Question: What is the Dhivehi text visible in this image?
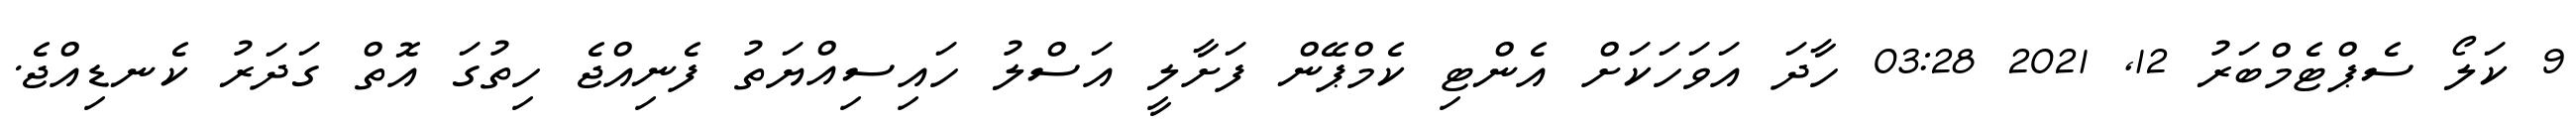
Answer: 9 ކަލޯ ސެޕްޓެމްބަރު 12, 2021 03:28 ހާދަ އަވަހަކަށް އެންޓި ކެމްޕޭން ފަށާލީ އަސްލު ހައިސިއްޔަތު ފެނިއްޖެ ހިތުގަ އޮތް ގަދަރު ކެނޑިއްޖެ.